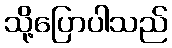
သို့ပြောပါသည်